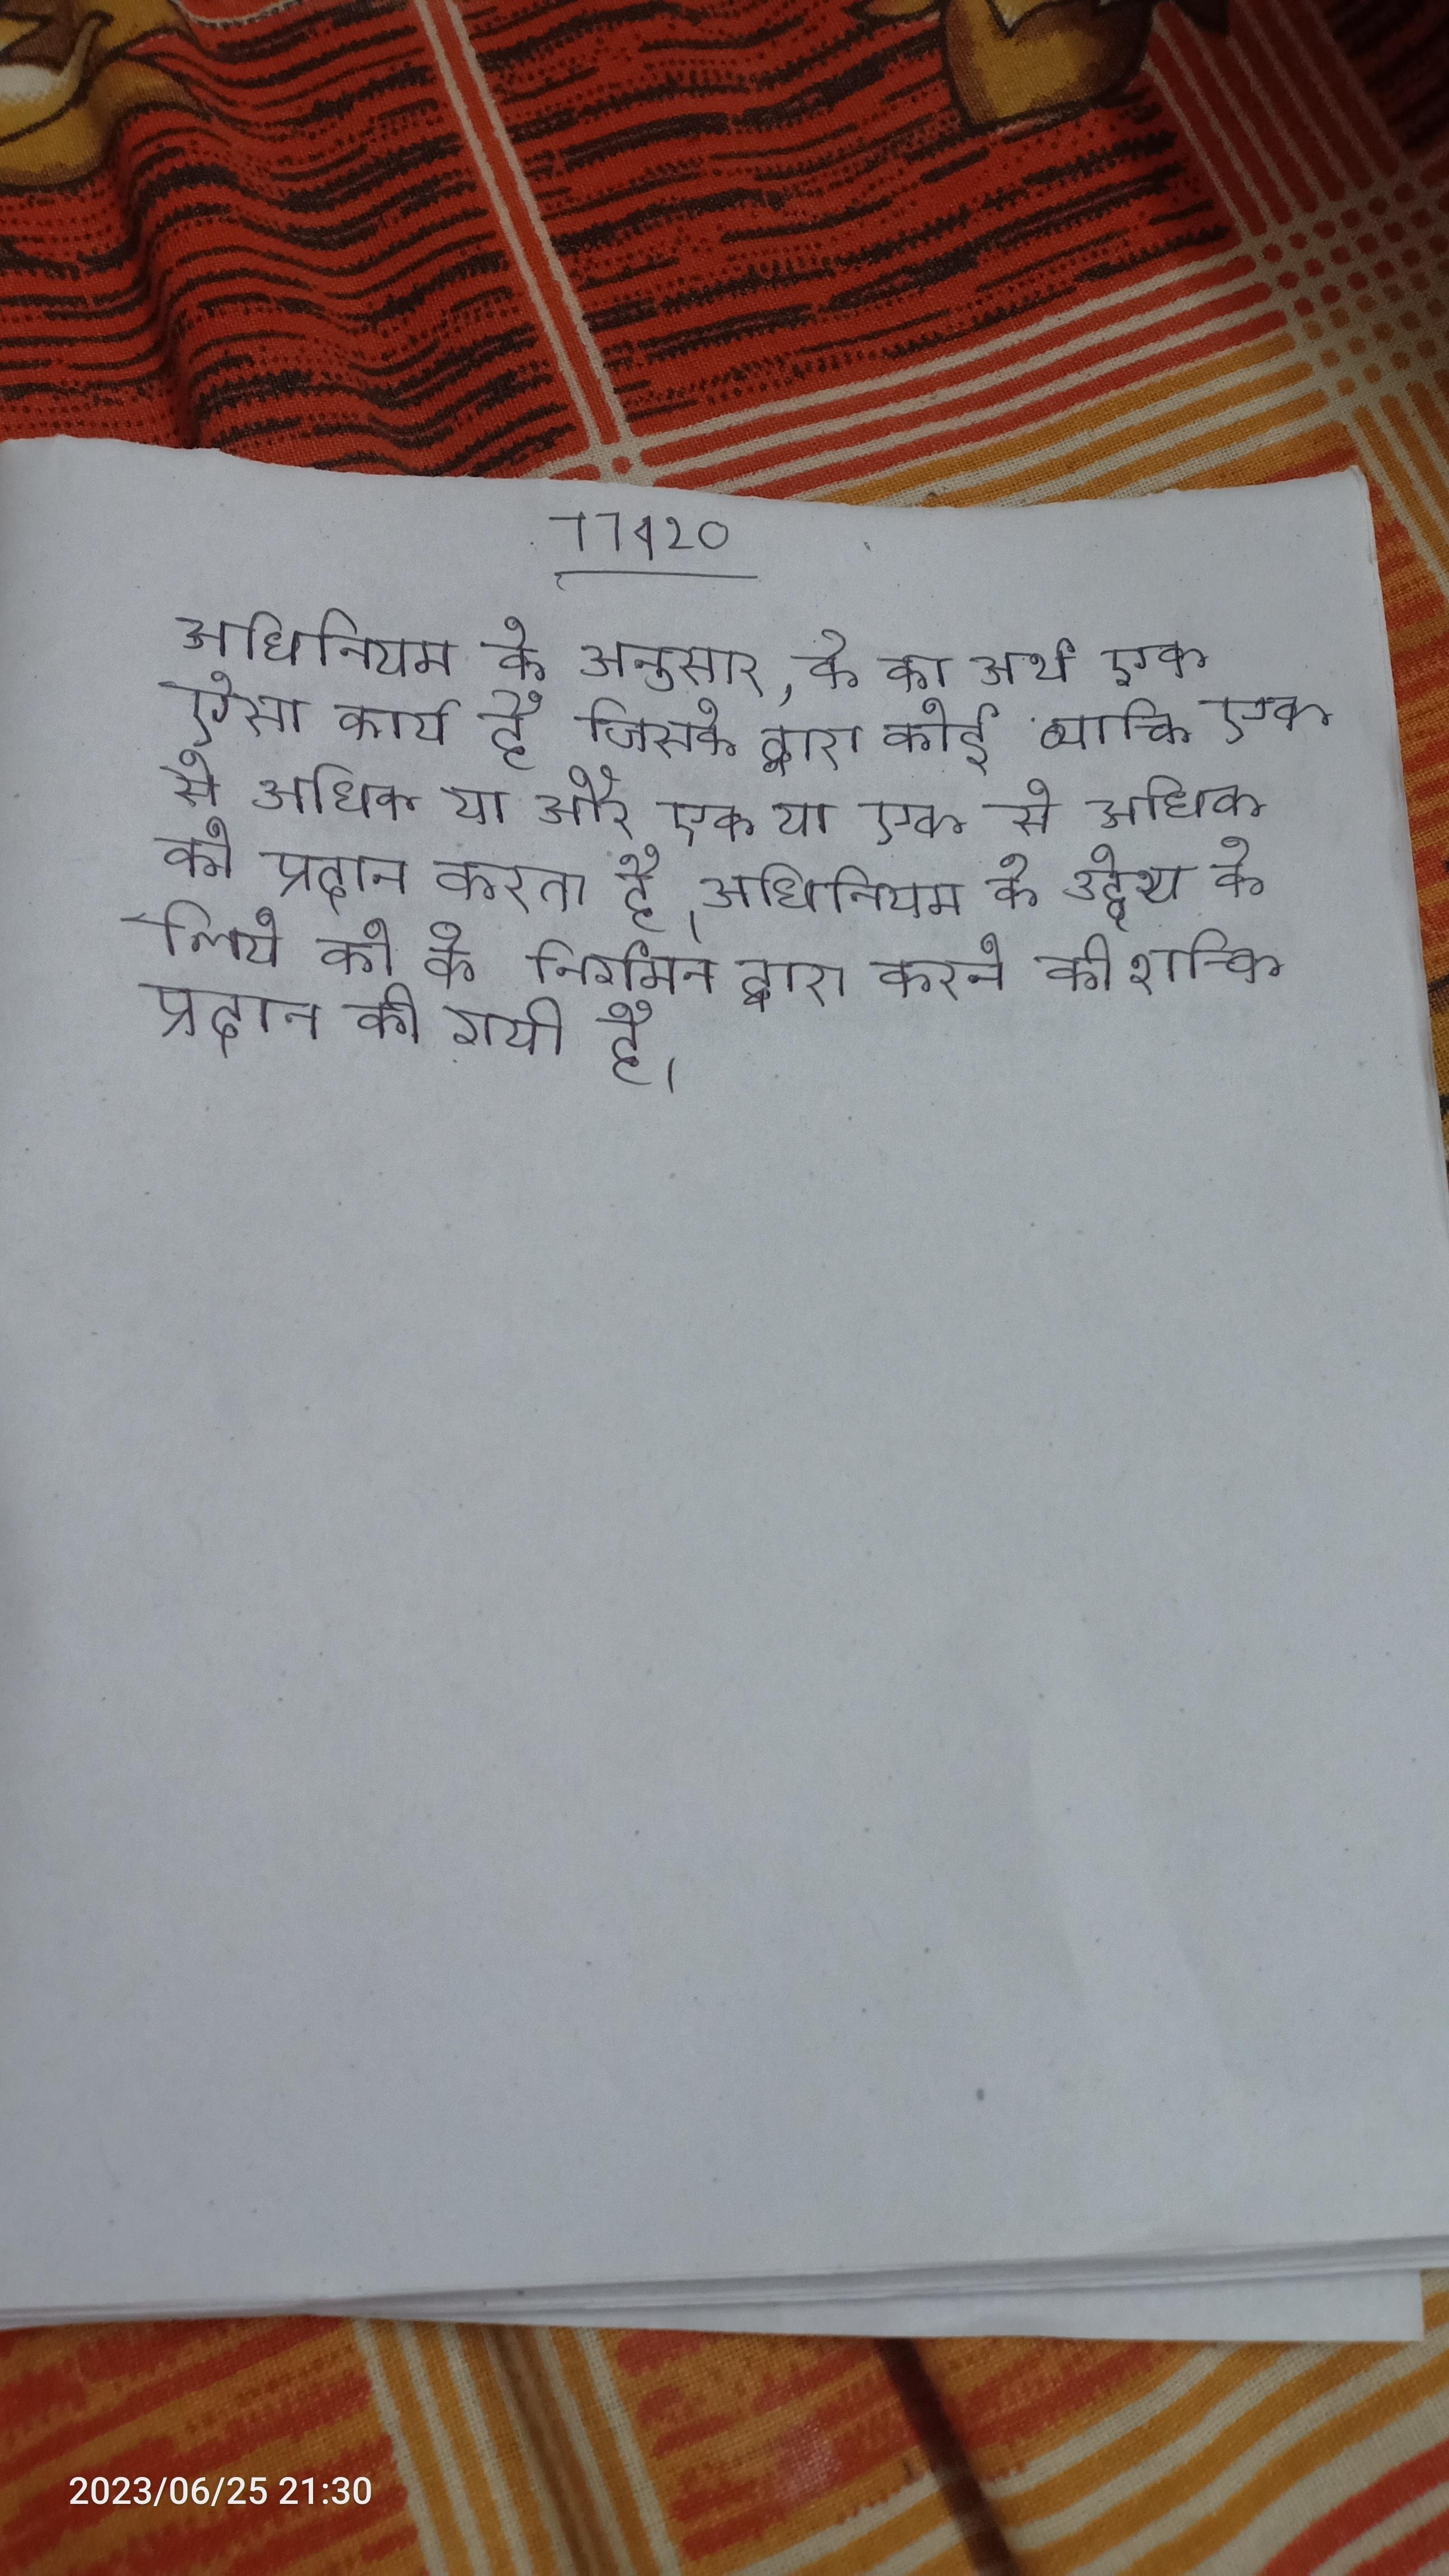
अधिनियम के अनुसार, के का अर्थ एक ऐसा कार्य है जिसके द्वारा कोई व्यक्ति एक या एक से अधिक या और एक या एक से अधिक को प्रदान करता है । अधिनियम के उद्देश्य के लिये को के निर्गमन द्वारा करने की शक्ति प्रदान की गयी है ।